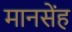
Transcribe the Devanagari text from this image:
मानसेंह